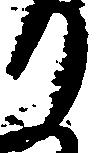
り